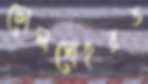
ঢোলসোহরত